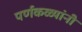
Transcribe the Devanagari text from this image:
पर्णकळ्यांनी